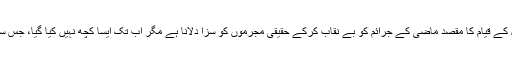
کہا گیا تھا کہ جنگی جرائم کے ٹربیونل کے قیام کا مقصد ماضی کے جرائم کو بے نقاب کرکے حقیقی مجرموں کو سزا دلانا ہے مگر اب تک ایسا کچھ نہیں کیا گیا، جس سے یہ مقصد حاصل ہوتا دکھائی دیتا ہو۔